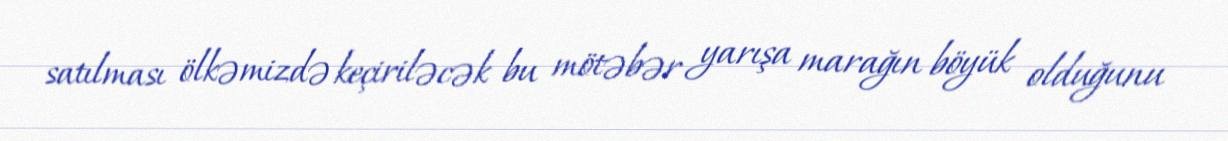
satılması ölkəmizdə keçiriləcək bu mötəbər yarışa marağın böyük olduğunu